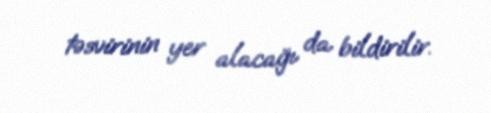
təsvirinin yer alacağı da bildirilir.